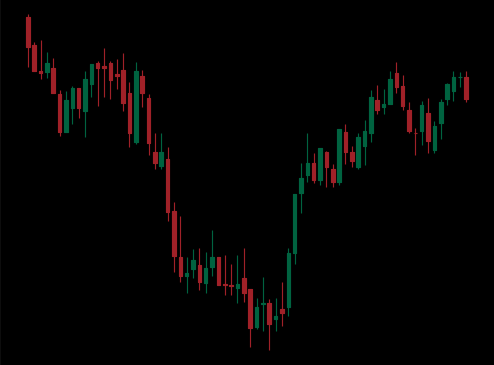
Pattern: inverse_head_shoulders